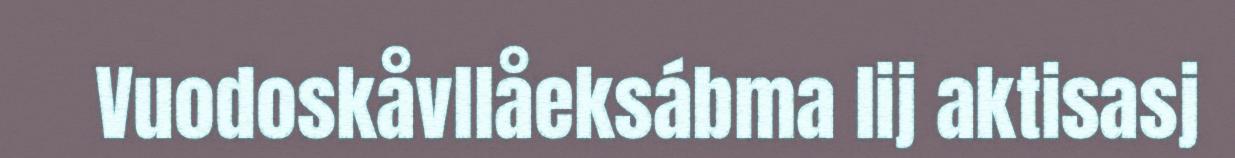
Vuodoskåvllåeksábma lij aktisasj